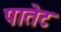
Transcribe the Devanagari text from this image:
पातेट